Report on sanitation, dispensaries, and jails in Rajputana for 1917, and on vaccination for the year 1917-1918 - 1917-1918
Year: 1917
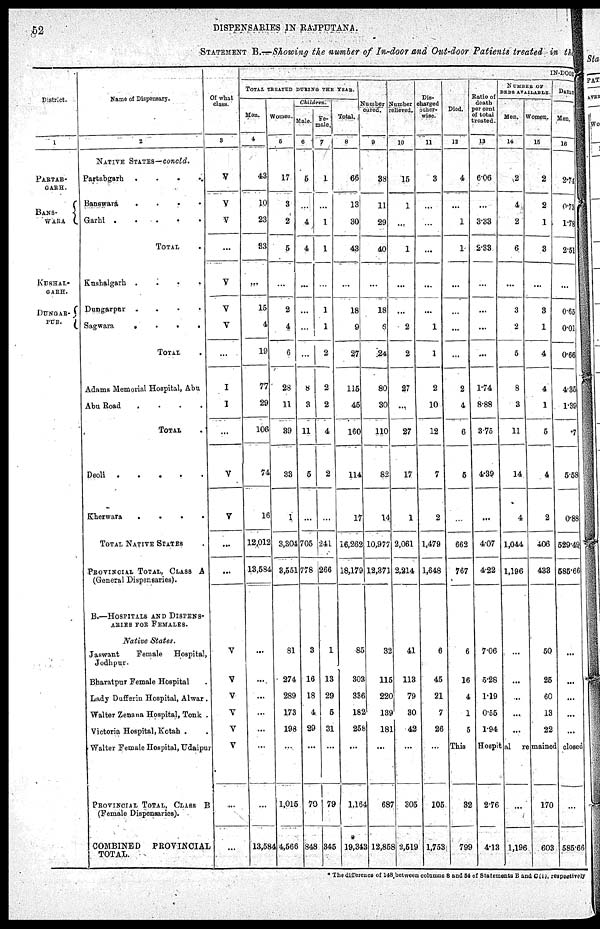
52
DISPENSARIES IN RAJPUTANA.
STATEMENT B.—Showing the number of In-door and Out-door Patients treated in the
District.
1
PARTAB¬
GARH.
BANS¬
WARA
KUSHAL¬
GARH.
DUNGAR¬
PUR.
Name of Dispensary.
2
NATIVE STATES— concld.
Partabgarh . . . . .
Banswara
. . . .
Garhi .
. . . .
TOTAL .
Kushalgarh .
.
.
.
Dungarpur
. . . .
Sagwara
.
.
.
.
TOTAL .
Adams Memorial Hospital, Abu
Abu Road
.
. . .
TOTAL .
Deoli .
.
.
.
.
Kherwara
.
.
.
.
TOTAL NATIVE STATES .
PROVINCIAL TOTAL, CLASS A
(General Dispensaries).
B.—HOSPITALS AND DISPENS¬
ARIES FOR FEMALES.
Native
States.
Jaswant
Female
Hospital,
Jodhpur.
Bharatpur Female Hospital .
Lady Dufferin Hospital, Alwar .
Walter Zenana Hospital, Tonk .
Victoria Hospital, Kotah . .
Walter Female Hospital, Udaipur
PROVINCIAL TOTAL, CLASS
B
(Female Dispensaries).
COMBINED
PROVINCIAL
TOTAL.
Of what
class.
3
V
V
V
...
V
V
V
...
I
I
...
V
V
...
...
V
V
V
V
V
V
....
...
IN-DOOR
TOTAL TREATED DURING THE YEAR.
Men.
4
43
10
23
33
...
15
4
19
77
29
106
74
16
12,012
13,584
...
...
...
...
...
...
...
13,584
Women.
5
17
3
2
5
...
2
4
6
28
11
39
33
1
3,304
3,551
81
274
289
173
198
...
1,015
4,566
Children.
Male.
6
5
...
4
4
...
...
...
...
8
3
11
5
...
705
778
3
16
18
4
29
...
70
848
Fe-
male.
7
1
...
1
1
...
1
1
2
2
2
4
2
...
241
266
1
13
29
5
31
...
79
345
Total.
8
66
13
30
43
...
18
9
27
115
45
160
114
17
16,262
18,179
85
303
336
182
258
...
1,164
*
19,343
Number
cured.
9
38
11
29
40
...
18
6
24
80
30
110
82
14
10,977
12,371
32
115
220
139
181
...
687
12,858
Number
relieved.
10
15
1
...
1
...
...
2
2
27
...
27
17
1
2,061
2,214
41
113
79
30
42
...
305
2,519
Dis¬
charged
other-
wise.
11
3
...
...
...
...
...
1
1
2
10
12
7
2
1,479
1,648
6
45
21
7
26
...
105
1,753
Died.
12
4
...
1
1
...
...
...
...
2
4
6
5
662
767
6
16
4
1
5
Ratio of
death
per cent
of total
treated.
13
6.06
...
3.33
2.33
...
...
...
...
1.74
8.88
3.75
4.39
...
4.07
4.22
7.06
5.28
1.19
0.55
1.94
NUMBER OF
BEDS AVAILABLE.
Men.
14
2
4
2
6
...
3
2
5
8
3
11
14
4
1,044
1,196
...
...
...
...
...
Women.
15
2
2
1
3
...
3
1
4
4
1
5
4
2
406
433
50
25
60
13
22
DAILY
Men.
16
2.74
0.73
1.78
2.51
...
0.65
0.01
0.66
4.35
1.39
7
5.58
0.88
529.49
585.66
...
...
...
...
...
This
Hospiltal remained closed
32
799
2.76
4.13
...
1,196
170
603
...
585.66
* The difference of 148 between columns 8 and 54 of Statements B and C(i), respectively